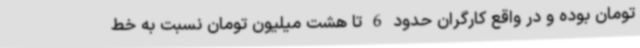
تومان بوده و در واقع کارگران حدود 6 تا هشت میلیون تومان نسبت به خط